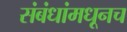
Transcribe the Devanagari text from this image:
संबंधांमधूनच